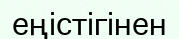
еңістігінен